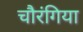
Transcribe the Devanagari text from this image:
चौरंगिया